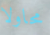
محاولا